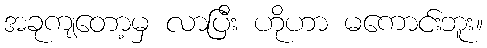
အခုကျတော့မှ လာပြီး ဟိုဟာ မကောင်းဘူး။